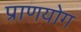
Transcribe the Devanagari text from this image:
प्राणयोग